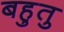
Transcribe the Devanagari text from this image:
बहुतु